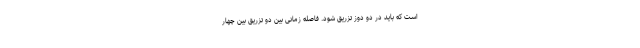
است که باید در دو دوز تزریق شود. فاصله زمانی بین دو تزریق بین چهار